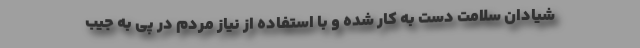
شیادان سلامت دست به کار شده و با استفاده از نیاز مردم در پی به جیب